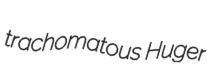
trachomatous Huger